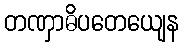
တဏှာဓိပတေယျေန